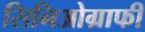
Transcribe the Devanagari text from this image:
सिनिओग्राफी